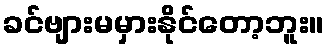
ခင်ဗျားမမှားနိုင်တော့ဘူး။